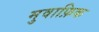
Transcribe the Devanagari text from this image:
मुवाफ़िक